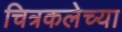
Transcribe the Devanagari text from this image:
चित्रकलेच्‍या